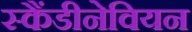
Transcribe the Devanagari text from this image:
स्कैंडीनेवियन